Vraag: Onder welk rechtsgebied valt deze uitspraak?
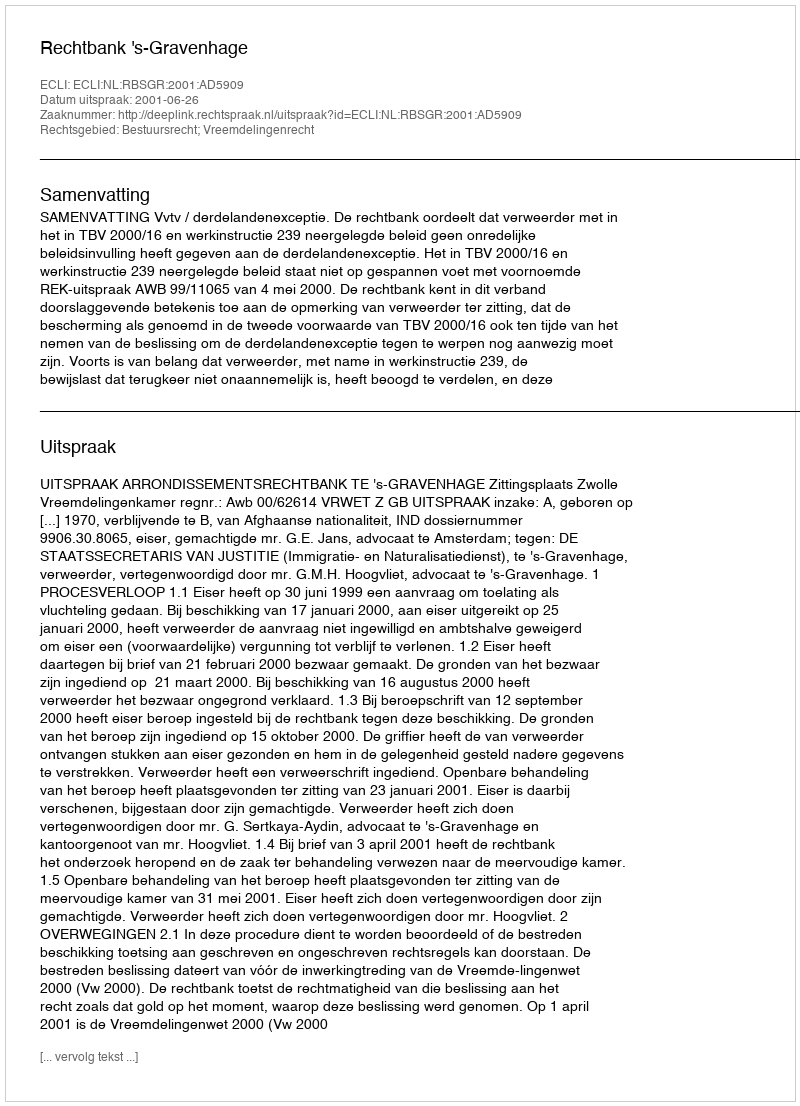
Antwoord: Bestuursrecht; Vreemdelingenrecht